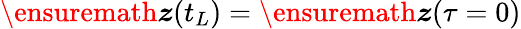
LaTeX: \ensuremath{\boldsymbol{z}}(t_{L})=\ensuremath{\boldsymbol{z}}(\tau=0)